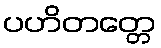
ပဟိတတ္တေ